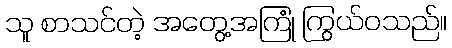
သူ စာသင်တဲ့ အတွေ့အကြုံ ကြွယ်ဝသည်။